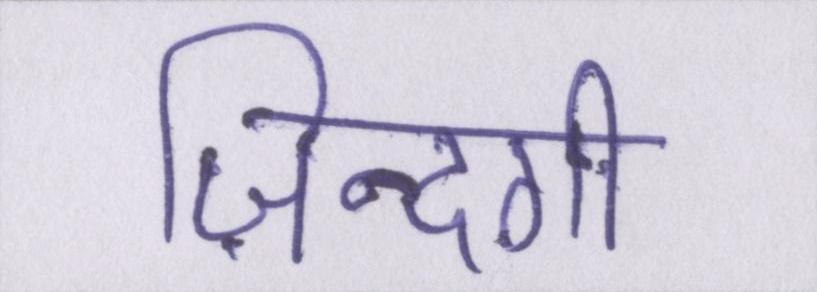
ज़िन्दगी